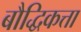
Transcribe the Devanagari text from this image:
बौद्धिकत्ता